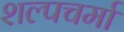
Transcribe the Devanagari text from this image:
शल्पचर्मा